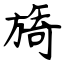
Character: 旖